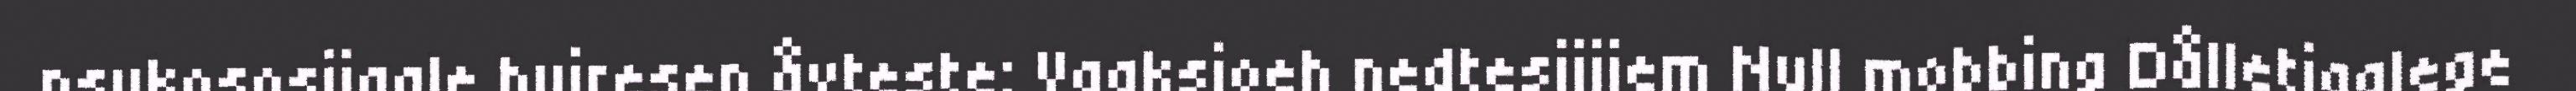
psykososijaale byjresen åvteste: Vaaksjoeh nedtesijjiem Null mobbing Dålletjaalege